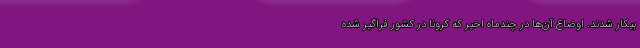
بیکار شدند. اوضاع آن‌ها در چندماه اخیر که کرونا در کشور فراگیر شده